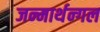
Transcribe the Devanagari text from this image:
जन्मार्थन्गल